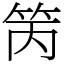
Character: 䇤